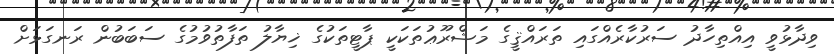
ވިދާޅުވީ އިއްތިހާދު ސަރުކާރެއްގައި ތަރައްޤީގެ މަޝްރޫޢުތަކަކީ ޕާޓީތަކުގެ ޚިޔާލު ތަފާތުވުމުގެ ސަބަބުން ރަނގަޅަށް